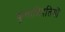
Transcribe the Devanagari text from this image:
कुलाधिपतियों